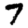
Digit: 7